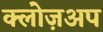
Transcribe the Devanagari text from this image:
क्लोज़अप